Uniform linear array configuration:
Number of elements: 8
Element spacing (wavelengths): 0.25
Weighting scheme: blackman
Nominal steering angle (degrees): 45
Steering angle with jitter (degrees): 44.543
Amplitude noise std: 0.05
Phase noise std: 0.05

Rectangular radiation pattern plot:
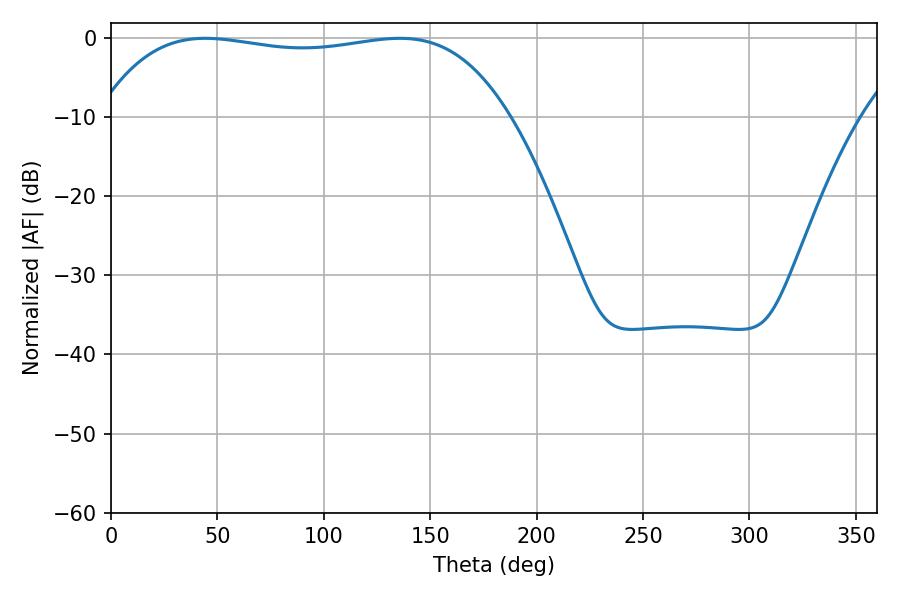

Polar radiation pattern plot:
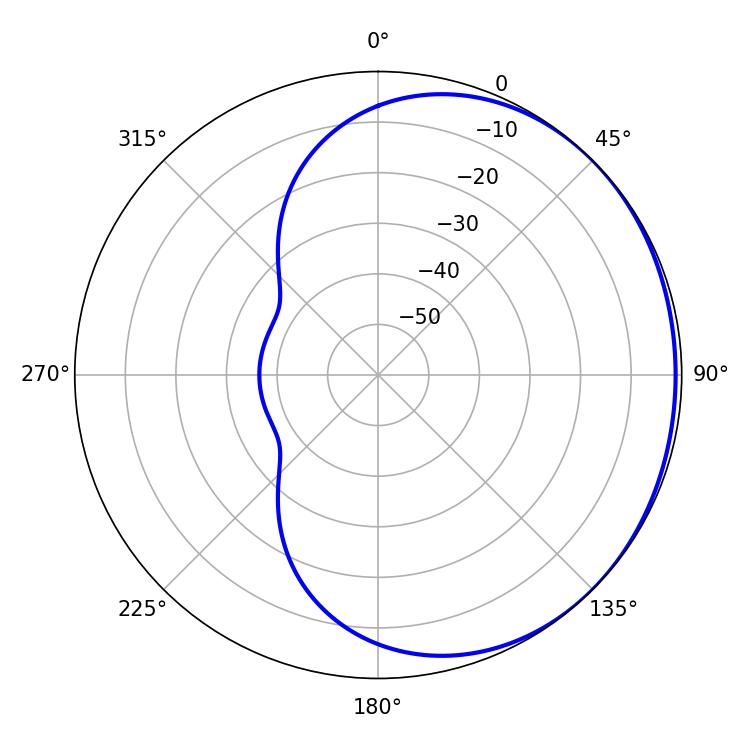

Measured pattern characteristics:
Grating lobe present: FALSE
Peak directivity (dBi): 0.7324
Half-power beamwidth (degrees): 153.72
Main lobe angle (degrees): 44.28